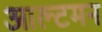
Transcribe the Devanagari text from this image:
आल्टमन